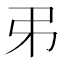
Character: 𢎨